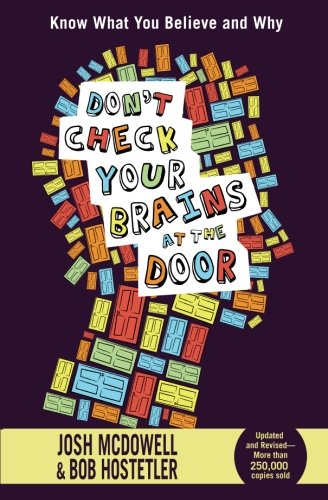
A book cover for Don't Check Your Brains at the Door; Josh McDowell; Christian Books & Bibles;